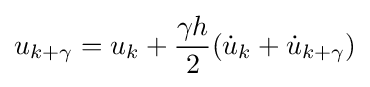
u_{k+\gamma }=u_{k}+{\frac {\gamma h}{2}}({\dot {u}}_{k}+{\dot {u}}_{k+\gamma })